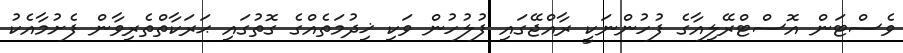
ވެސްޓަން އޮސްޓްރޭލިއާގެ ފުހުންނަކީ ރާއްޖޭގައި ފުލުހުން ވަކި ޚިދުމަތެއްގެ ގޮތުގައި ޙަރަކާތްތެރިވާން ފެށުމާއެކު